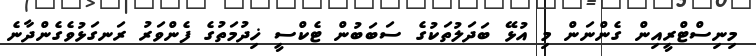
މިނިސްޓްރީއިން ގެންނަން މި އުޅޭ ބަދަލުތަކުގެ ސަބަބުން ޓެކްސީ ޚިދުމަތުގެ ފެންވަރު ރަނގަޅުވެގެންދާނެ